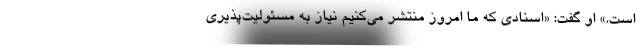
است.» او گفت: «اسنادی که ما امروز منتشر می‌کنیم نیاز به مسئولیت‌پذیری